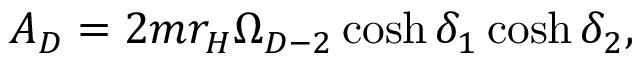
A _ { D } = 2 m r _ { H } \Omega _ { D - 2 } \cosh \delta _ { 1 } \cosh \delta _ { 2 } ,